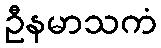
ဦနမာသကံ